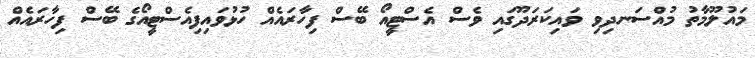
މައުލޫމާތު މުއްސަނދިވި ވައިކަރަދޫގައި ވެސް އެސްޓީއޯ ބޭސް ފިހާރައެއް ހުޅުވައިފިއެސްޓީއޯގެ ބޭސް ފިހާރައެއް